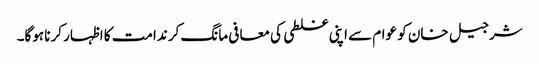
شرجیل خان کو عوام سے اپنی غلطی کی معافی مانگ کر ندامت کا اظہار کرنا ہوگا۔